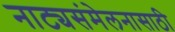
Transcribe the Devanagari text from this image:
नाट्यसंमेलनासाठी